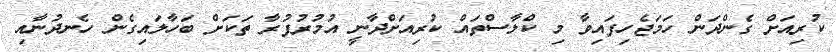
ކުރިއަށް ގެންދަން ހަމަޖެހިފައިވާ މި ކްލާސްތައް ކުރިއަށްދާނީ އުމުރުފުރާ ތަކަށް ބަހާލައިގެން ހެނދުނާއި